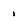
Character: 1